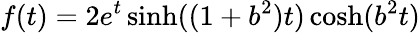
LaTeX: f(t)=2e^{t}\sinh((1+b^{2})t)\cosh(b^{2}t)